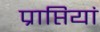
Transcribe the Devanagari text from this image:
प्राप्तियां